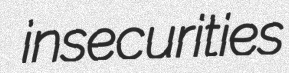
insecurities